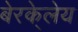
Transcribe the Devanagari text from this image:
बेरके्लेय